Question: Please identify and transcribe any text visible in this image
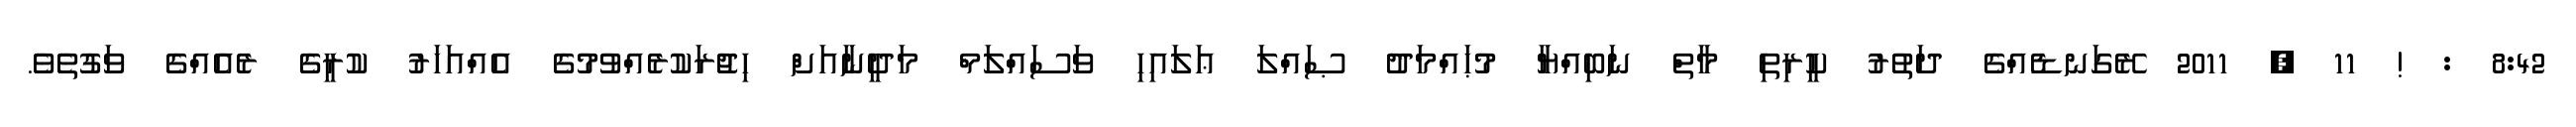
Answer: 8:42 : ! 11 , 2011 ރޭގަނޑެއްގެ ދަތުރު ކީރިތި މާތް ނަބިއްޔާ މުޙައްމަދު ޞައްލަ ޢަލައިހި ވަސައްލަމް މަދީނާއަށް ހިޖުރަކުރެއްވުމުގެ އެއްއަހަރު ކުރީގެ ރެއެއްގެ ވަގުތެވެ.